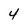
Character: 4